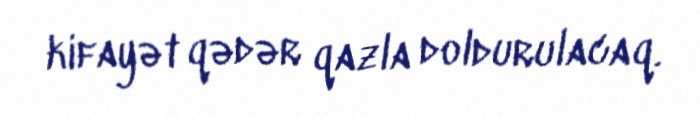
kifayət qədər qazla doldurulacaq.